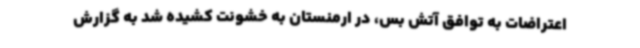
اعتراضات به توافق آتش بس، در ارمنستان به خشونت کشیده شد به گزارش